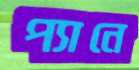
প্যানে